Bréfritari: Stefanía Siggeirsdóttir
Viðtakandi: Páll Pálsson
Dagsetning: A-1871-05-19
Skrifað á: Hraungerði  Árn.
Stefanía var bróðurdóttir Páls Pálssonar

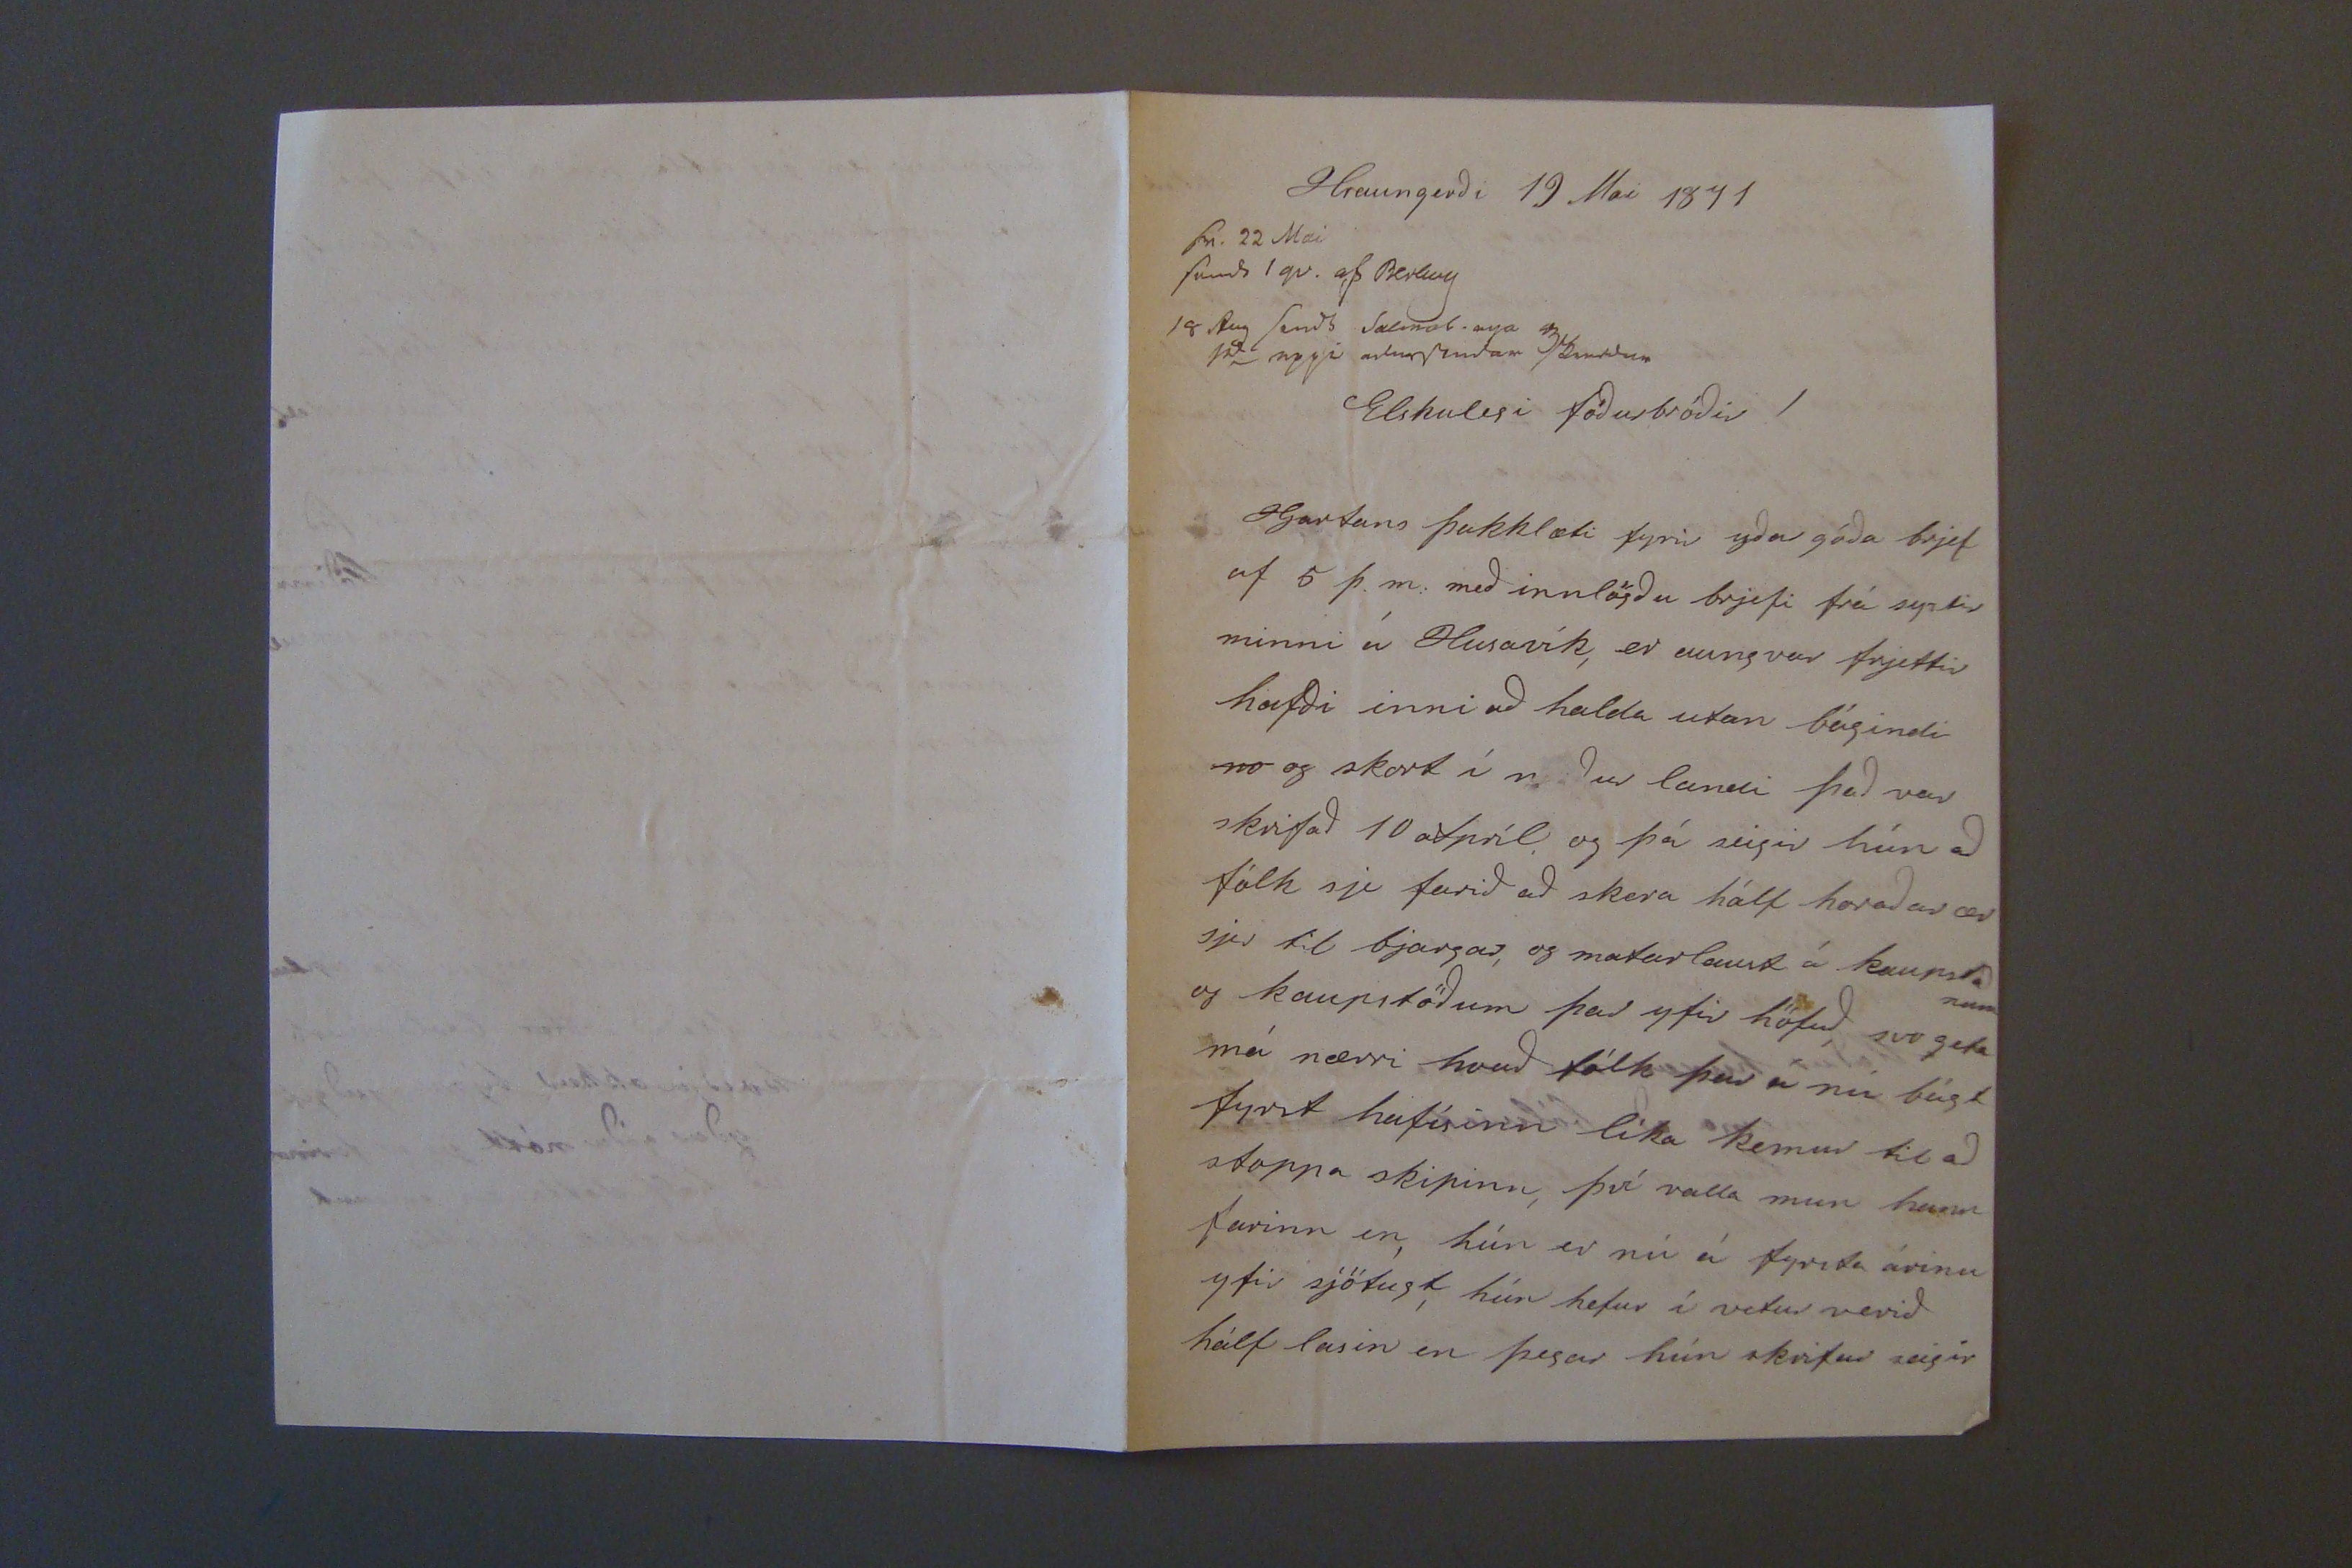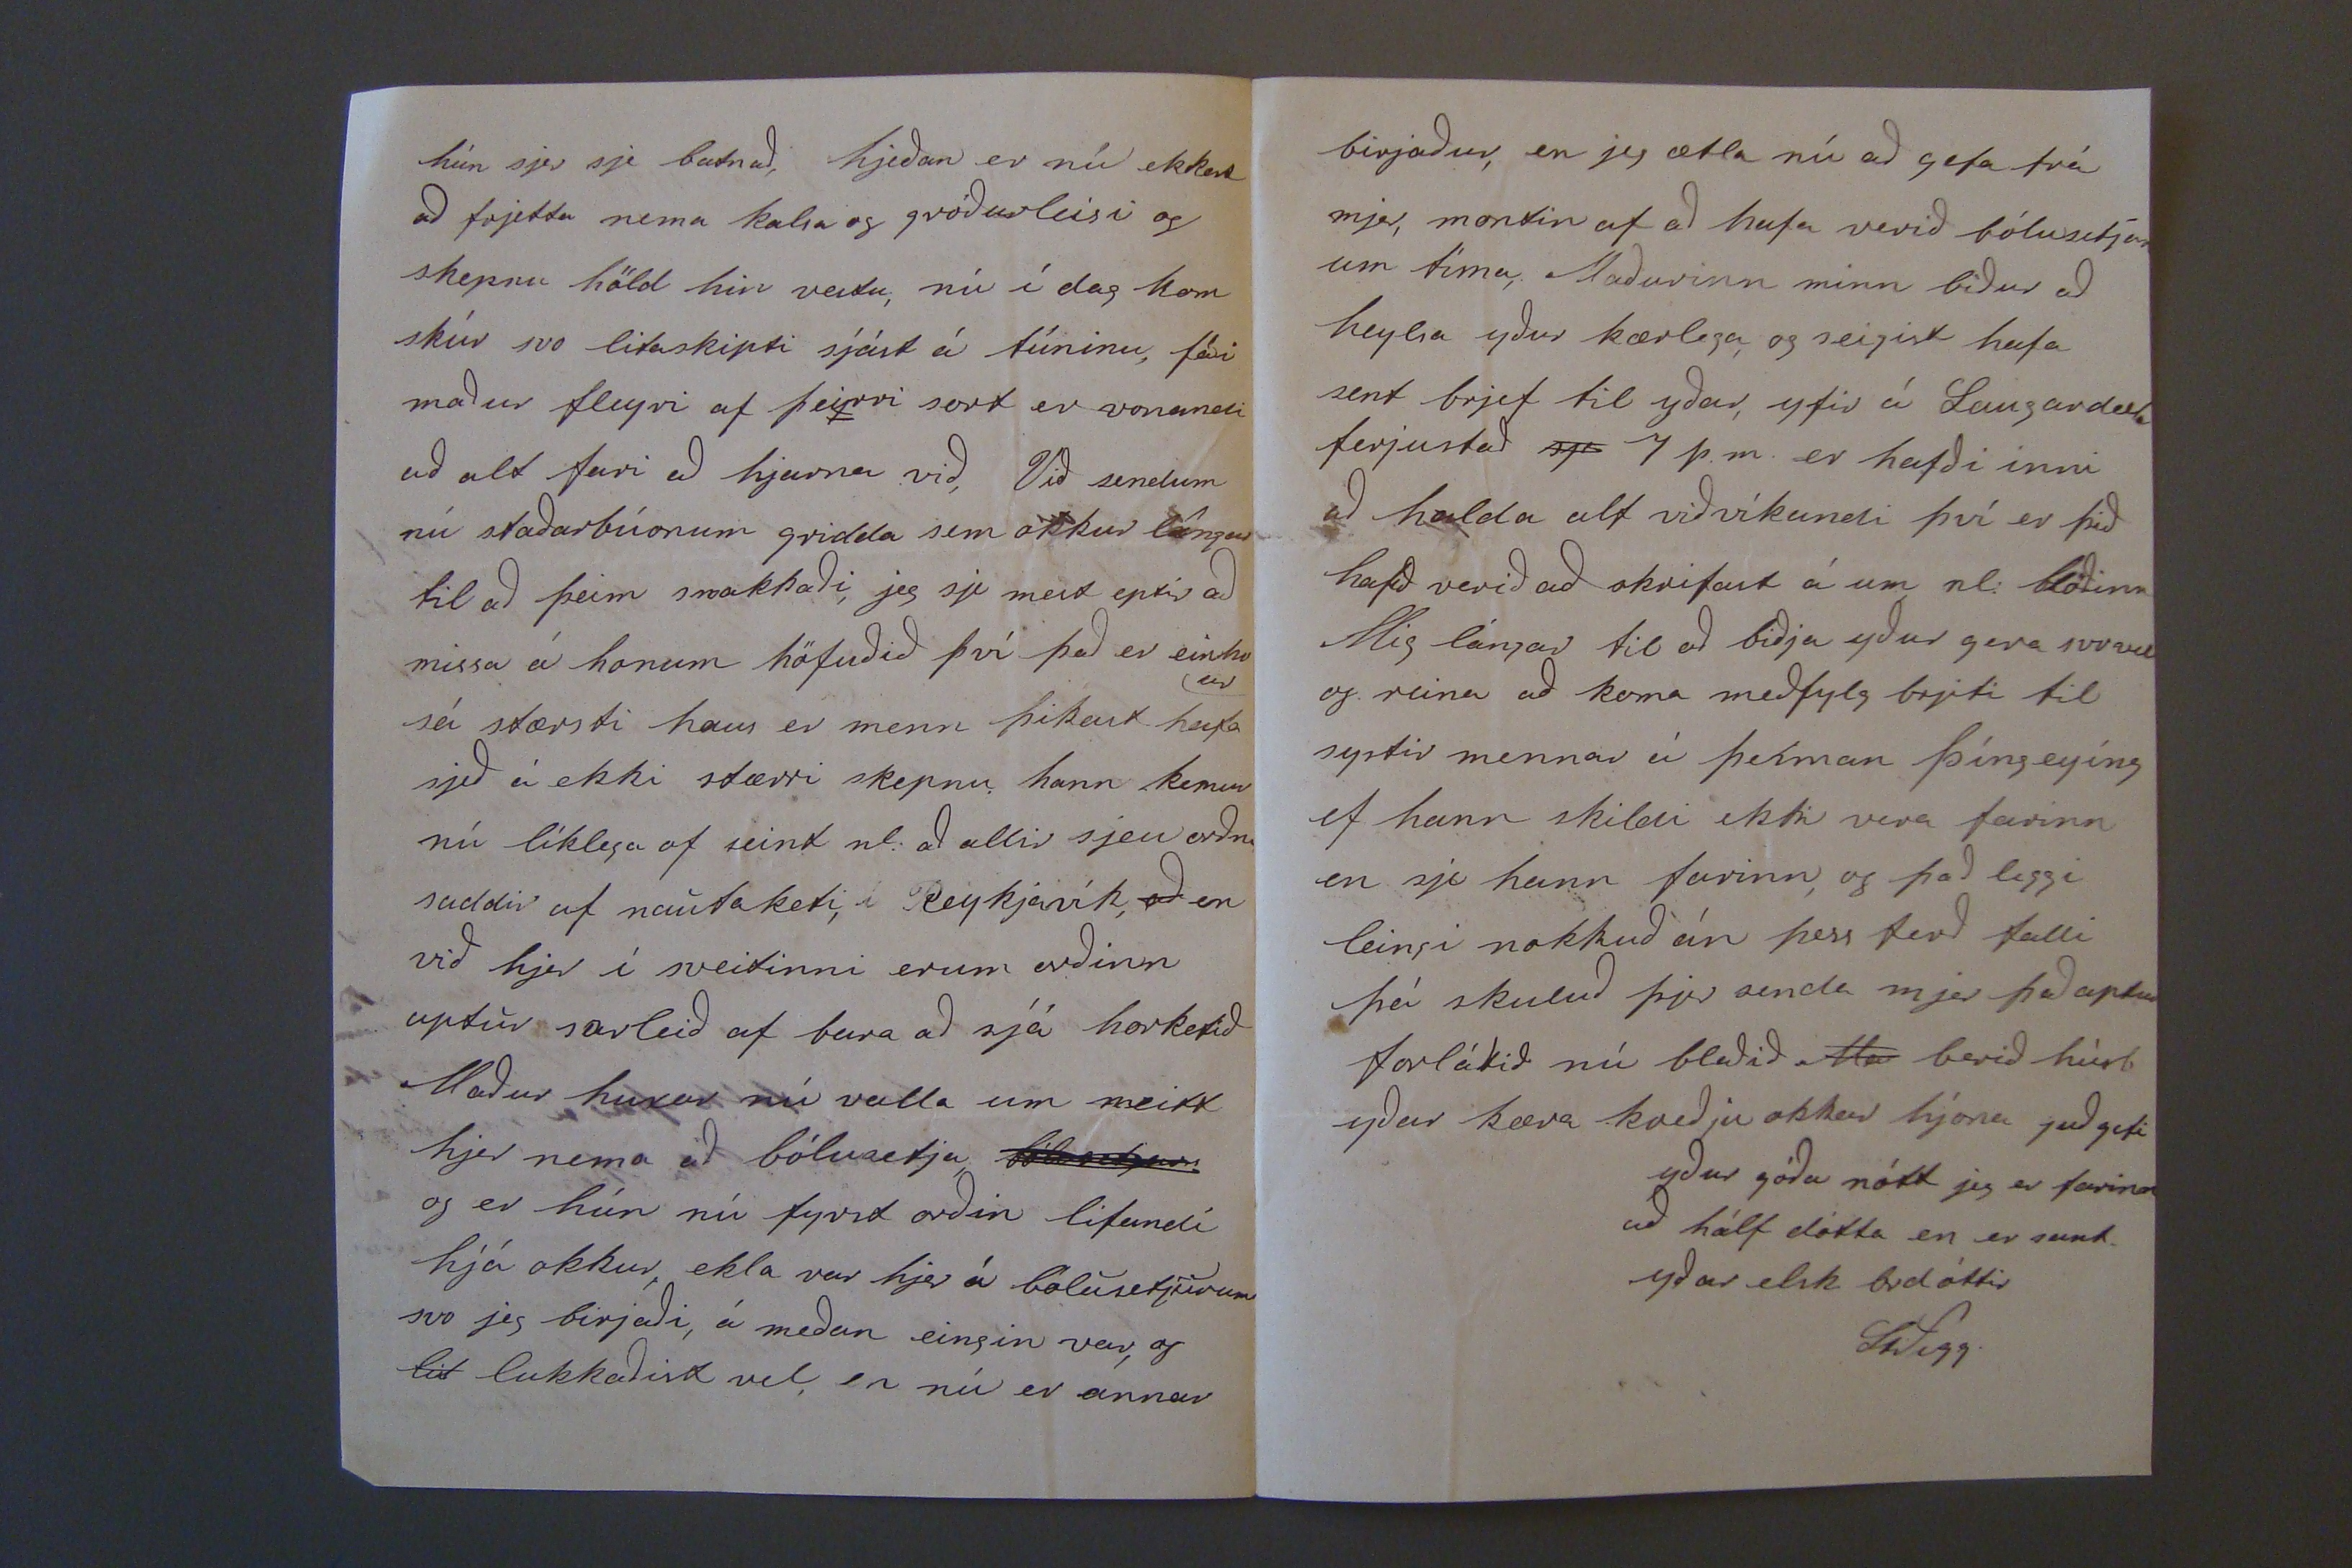

Hraungerði 19 Mai 1871
sv. 22 Mai sendt 1 qv. af Ber
kum 18 Aug sendi salmol. nya 000 100 uppi 000sendan sk0000
Elskulegi föðurbróðir!
Hjartans þakklæti fyrir yðar góða brjef af 5 þ.m: með innlögðu brjefi frá systir minni á Husavík, er aungvar frjettir hafði inni að halda utan bágindi
no
og skort í norður landi það var skrifað 10 Apríl og þá seigir hún að fólk sje farið að skera hálf horaðar ær sjer til bjargar, og matarlaust á kaupstaðnum og kaupstöðum þar yfir höfuð svo geta má nærri hvað fólk þar á nú bágt fyrst hafísinn líka kemur til að stoppa skipinn, því valla mun hann farinn en, hún er nú á fyrsta árinu yfir sjötugt, hún hefur í vetur verið hálf lasin en þegar hún skrifar seigir
hún sjer sje batnað, hjeðan er nú ekkert að frjetta nema kalsa og gróðurleisi og skepnu höld hin vestu, nú í dag kom skúr svo litaskipti sjást á túninu, fái maður fleyri af þeirri sort er vonandi að alt fari að hjarna við, Við sendum nú staðarbúonum gridda sem okkur lángar til að þeim smakkaði, jeg sje mest eptir að missa á honum höfuðið því það er einhvur sá stærsti haus er menn þikast hafa sjeð á ekki stærri skepnu hann kemur nú líklega of seint nl: að allir sjeu orðni saddir af natuaketi, í Reykjavík,
að
en við hjer í sveitinni erum orðinn aptur sarleið af bara að sjá horketið Maður huxar nú valla um neitt hjer nema að bólusetja
bólusetjan
og er hún nú fyrst orðin lifandi hjá okkur, ekla var hjer á bólusetjurum svo jeg birjaði, á meðan eingin var, og
til
lukkaðist vel, en nú er annar
birjaður, en jeg ætla nú að gefa frá mjer, montin af að hafa verið bólusetjar um tíma, Maðurinn minn biður að heylsa yður kærlega, og seigist hafa sent brjef til yðar, yfir á Laugardals ferjustað
sj0
7 þ.m. er hefði inni að halda alt viðvíkandi því er þið hafið verið að skrifast á um nl: blöðinn Mig lángar til að bijða yður gera svovel og reina að koma meðfylg brjefi til systir minnar í
þeiman
þíngeyíng ef hann skildi ekki vera farinn en sje hann farinn, og það liggi leingi nokkuð án þess ferð falli þá skuluð þjer senda mjer það aptur forlátið nú blaðið
Ma
berið húsb yðar kæra kveðju okkar hjóna guð gefi yður góða nótt jeg er farinn að hálf dótta en er samt yðar elsk brdóttir
StSigg.